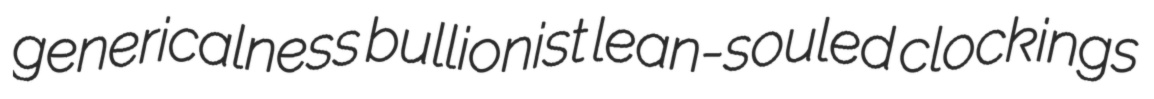
genericalness bullionist lean-souled clockings